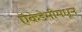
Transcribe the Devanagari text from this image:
ऍकेडेमीमधून